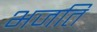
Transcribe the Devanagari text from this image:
भजति